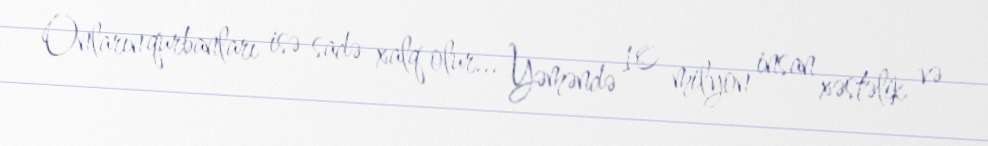
Onların qurbanları isə sadə xalq olur... Yəməndə 10 milyon insan xəstəlik və